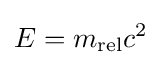
E=m_{\text{rel}}c^{2}